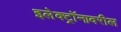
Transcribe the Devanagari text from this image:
इलेक्ट्रॉनावरील